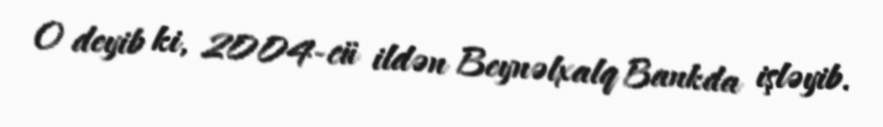
O deyib ki, 2004-cü ildən Beynəlxalq Bankda işləyib.